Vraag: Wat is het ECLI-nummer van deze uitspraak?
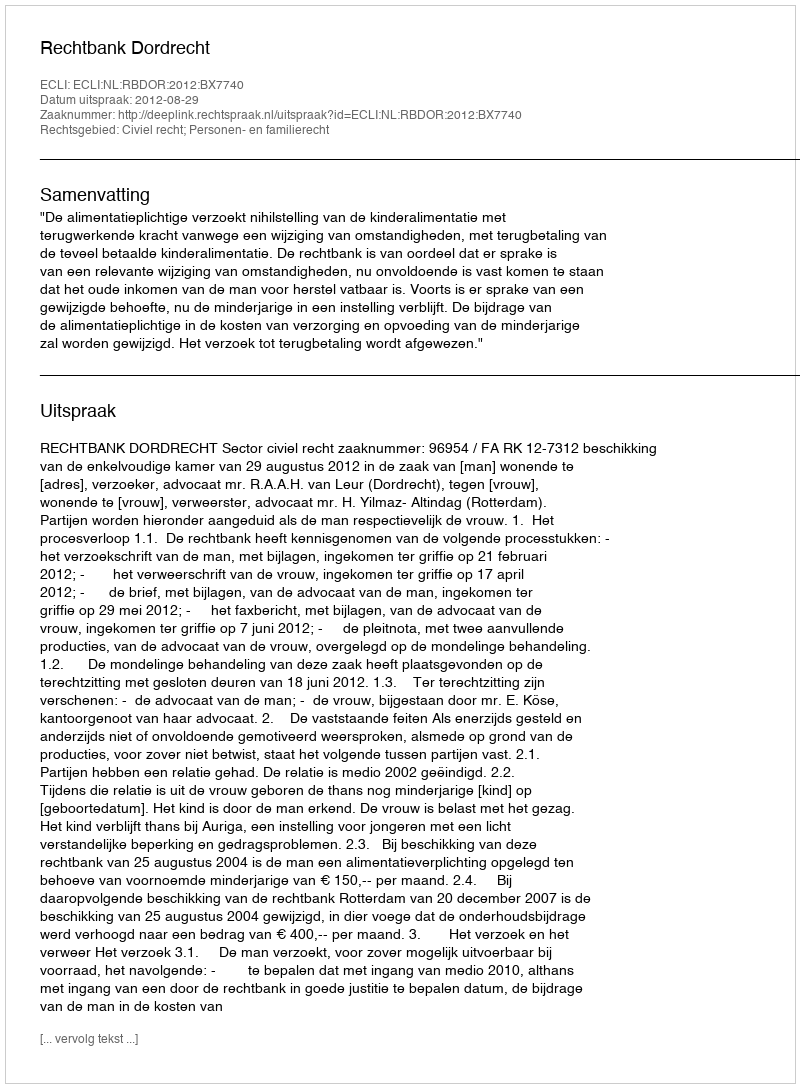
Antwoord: ECLI:NL:RBDOR:2012:BX7740